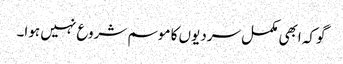
گوکہ ابھی مکمل سردیوں کا موسم شروع نہیں ہوا۔